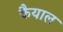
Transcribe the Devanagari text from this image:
कैयाल